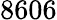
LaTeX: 8606